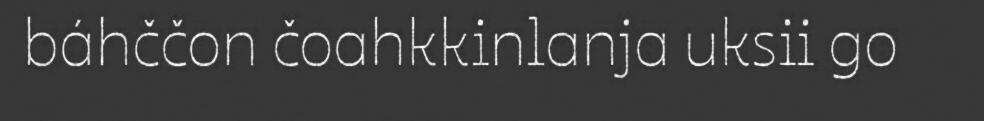
báhččon čoahkkinlanja uksii go